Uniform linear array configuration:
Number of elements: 32
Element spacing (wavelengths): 0.25
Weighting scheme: uniform
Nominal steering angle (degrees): -60
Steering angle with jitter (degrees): -58.547
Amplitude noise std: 0.05
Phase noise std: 0.05

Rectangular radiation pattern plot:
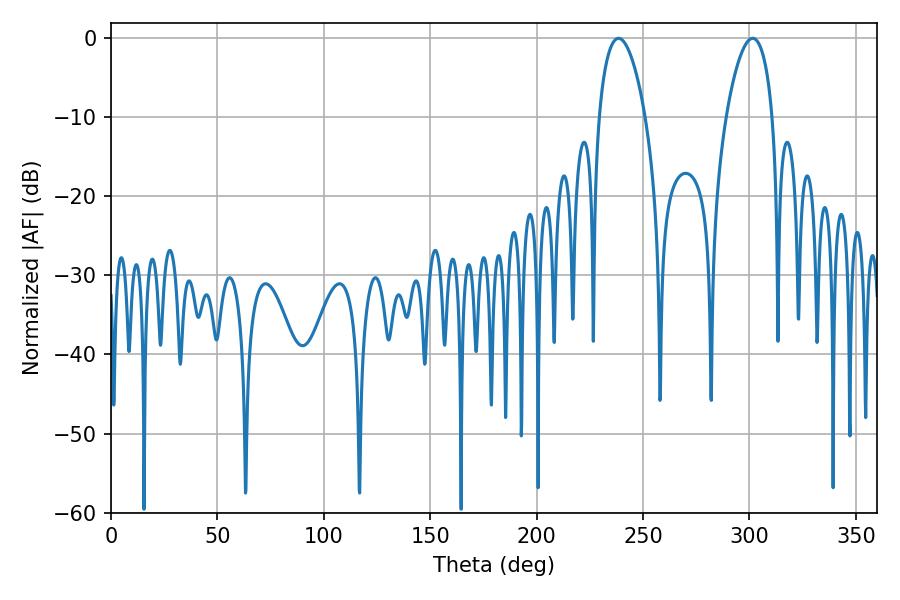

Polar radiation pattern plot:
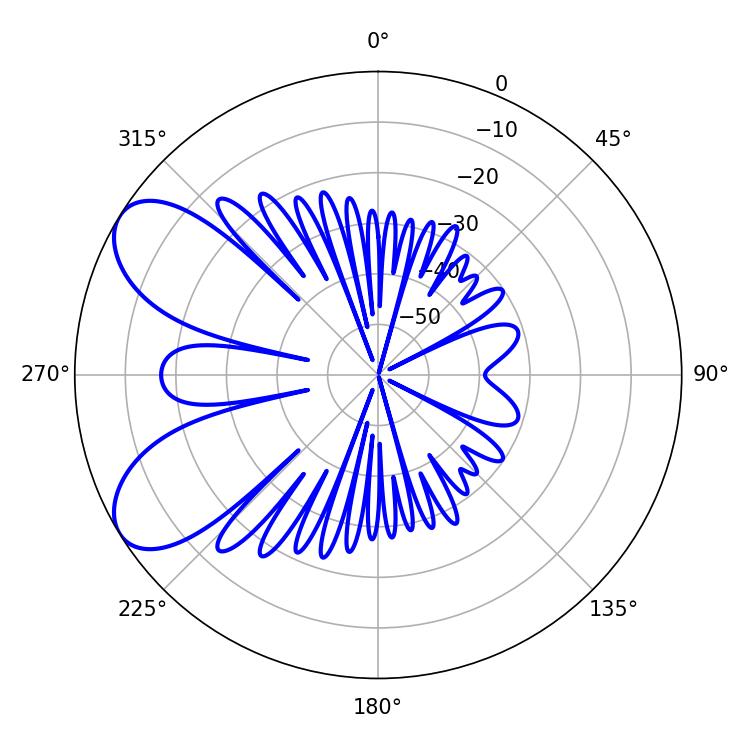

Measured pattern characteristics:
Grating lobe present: FALSE
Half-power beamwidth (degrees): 12.24
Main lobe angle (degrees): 238.5